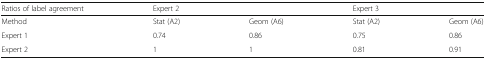
| Ratios of label agreement | <COLSPAN=2> Expert 2 | <COLSPAN=2> Expert 3 |
 | --- | --- | --- | --- | --- |
 | Method | Stat (A2) | Geom (A6) | Stat (A2) | Geom (A6) |
 | Expert 1 | 0.74 | 0.86 | 0.75 | 0.86 |
 | Expert 2 | 1 | 1 | 0.81 | 0.91 |